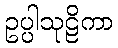
ဥပ္ပါသုဠိကာ